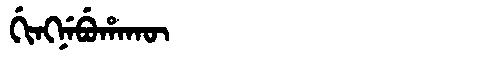
Manchu: ᡤᡳᠩᠨᡝᠪᡠᡥᠠᡴᡡ
Romanization: GINGNEBUHAKŪ